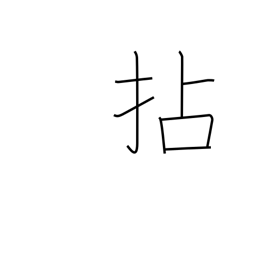
Meaning: wring